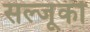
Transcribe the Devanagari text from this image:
सल्जूकों